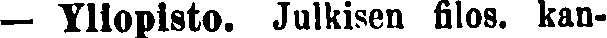
— Yliopisto. Julkisen filos. kan-